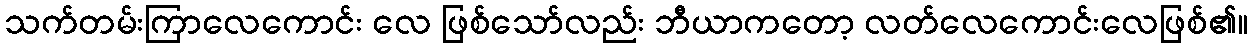
သက်တမ်းကြာလေကောင်း လေ ဖြစ်သော်လည်း ဘီယာကတော့ လတ်လေကောင်းလေဖြစ်၏။